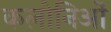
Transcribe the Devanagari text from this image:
कलोनिओं